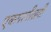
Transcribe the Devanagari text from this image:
एकपत्‍नीव्रती